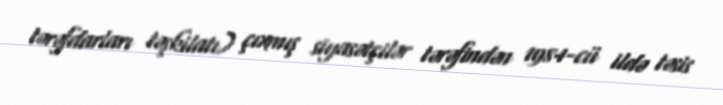
tərəfdarları təşkilatı) çıxmış siyasətçilər tərəfindən 1984-cü ildə təsis